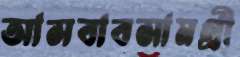
আসবাবসামগ্রী